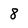
Character: 8